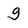
Character: g